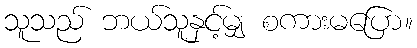
သူသည် ဘယ်သူနှင့်မျှ စကားမပြော။